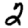
Digit: 2